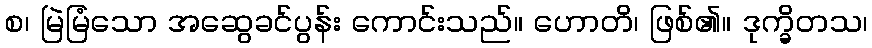
စ၊ မြဲမြံသော အဆွေခင်ပွန်း ကောင်းသည်။ ဟောတိ၊ ဖြစ်၏။ ဒုက္ခိတသ၊